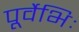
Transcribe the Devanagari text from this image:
पूर्वेभिः